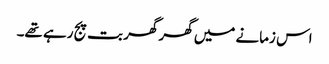
اس زمانے میں گھر گھر بت پج رہے تھے۔